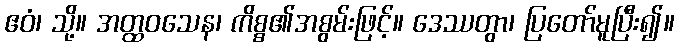
ဧဝံ၊ သို့။ အတ္ထဝသေန၊ ကိစ္စ၏အစွမ်းဖြင့်။ ဒေဿတွာ၊ ပြတော်မူပြီး၍။